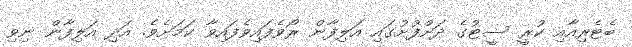
ބެޓެރިއާއި ކުރީ ސީޓުގެ ދަށްފުށުގައި އަލިފާން ރޯވެފައިވެފައިވާ ކަމަށެވެ. އަދި އަލިފާން ނިވި